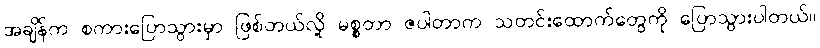
အချိန်က စကားပြောသွားမှာ ဖြစ်တယ်လို့ မစ္စတာ ဇပါတာက သတင်းထောက်တွေကို ပြောသွားပါတယ်။